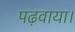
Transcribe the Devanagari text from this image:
पढ़वाया।